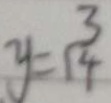
y = \frac { 3 } { 1 4 }